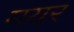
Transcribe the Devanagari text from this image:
मयर